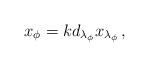
LaTeX: \begin{align*}x_{\phi }=kd_{\lambda _{\phi }}x_{\lambda _{\phi }}\, ,\end{align*}